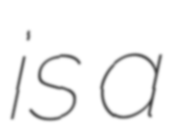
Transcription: is a